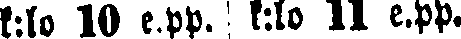
k:lo 10 e. pp. k:lo 11 e.pp.